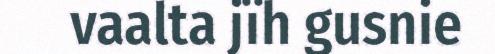
vaalta jïh gusnie